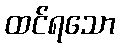
ထင်ရသော